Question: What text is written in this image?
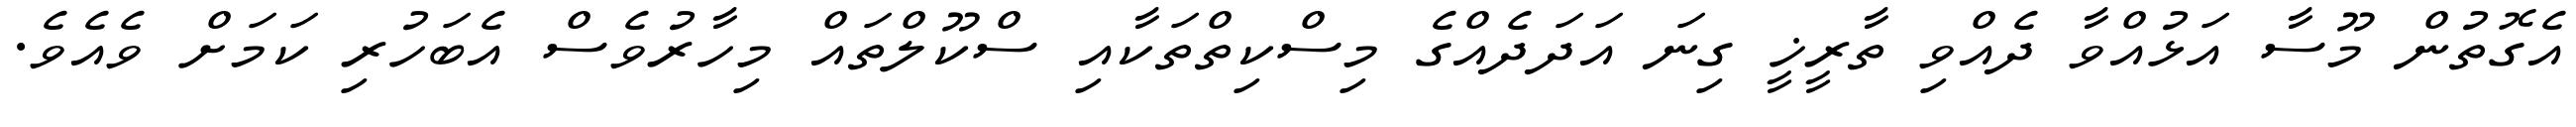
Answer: އެގޮތުން މޫސާ އަޅުއްވާ ދެއްވި ތާރީޚީ ގިނަ އަދަދެއްގެ މިސްކިތްތަކާއި ސްކޫލްތައް މިހާރުވެސް އެބަހުރި ކަމަށް ވެއެވެ.